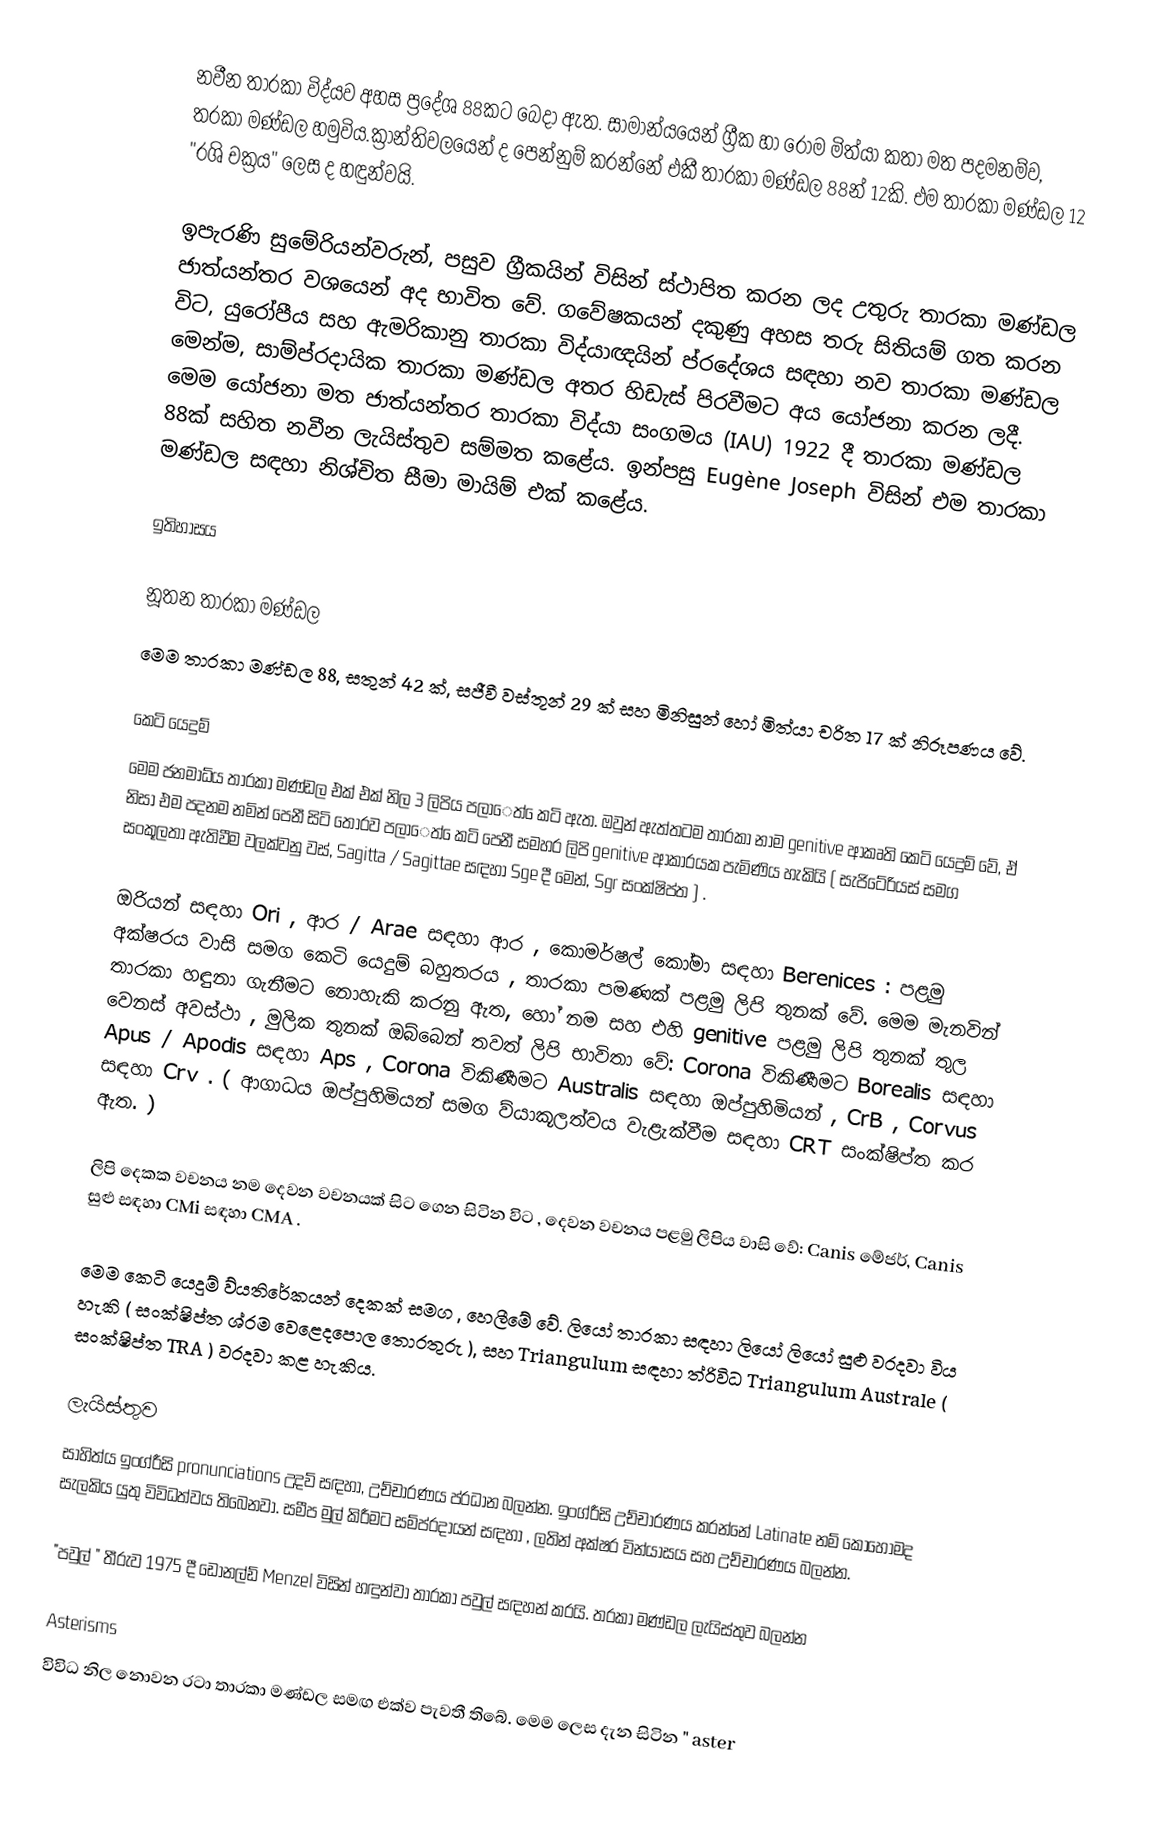
නවීන තාරකා විද්යව අහස ප්‍රදේශ 88කට බෙදා ඇත. සාමාන්යයෙන් ග්‍රීක හා රෝම මිත්යා කතා මත පදමනම්ව, තරකා මණ්ඩල හමුවිය.ක්‍රාන්තිවලයෙන් ද පෙන්නුම් කරන්නේ එකී තාරකා මණ්ඩල 88න් 12කි. එම තාරකා මණ්ඩල 12 "රශි චක්‍රය" ලෙස ද හඳුන්වයි. 

ඉපැරණි සුමේරියන්වරුන්, පසුව ග්‍රීකයින් විසින් ස්ථාපිත කරන ලද උතුරු තාරකා මණ්ඩල ජාත්යන්තර වශයෙන් අද භාවිත වේ. ගවේෂකයන් දකුණු අහස තරු සිතියම් ගත කරන විට, යුරෝපීය සහ ඇමරිකානු තාරකා විද්යාඥයින් ප්රදේශය සඳහා නව තාරකා මණ්ඩල මෙන්ම, සාම්ප්රදායික තාරකා මණ්ඩල අතර හිඩැස් පිරවීමට අය යෝජනා කරන ලදී. මෙම යෝජනා මත ජාත්යන්තර තාරකා විද්යා සංගමය (IAU) 1922 දී තාරකා මණ්ඩල 88ක් සහිත නවීන ලැයිස්තුව සම්මත කළේය. ඉන්පසු Eugène Joseph විසින් එම තාරකා මණ්ඩල සඳහා නිශ්චිත සීමා මායිම් එක් කළේය.

ඉතිහාසය

නූතන තාරකා මණ්ඩල
 මෙම තාරකා මණ්ඩල 88,  සතුන් 42 ක්, සජීවී වස්තූන් 29 ක් සහ මිනිසුන් හෝ මිත්යා චරිත 17 ක් නිරූපණය වේ.

කෙටි යෙදුම්
මෙම ජනමාධ්ය තාරකා මණ්ඩල එක් එක් නිල 3 ලිපිය පලාෙත් ෙකටි ඇත. ඔවුන් ඇත්තටම තාරකා නාම genitive ආකෘති කෙටි යෙදුම් වේ, ඒ නිසා එම පදනම නමින් පෙනී සිටි තොරව පලාෙත් ෙකටි පෙනී සමහර ලිපි genitive ආකාරයක පැමිණිය හැකියි ( සැජිටේරියස් සමග සංකූලතා ඇතිවීම වලක්වනු වස්, Sagitta / Sagittae සඳහා Sge දී මෙන්, Sgr සංක්ෂිප්ත ) .

ඔරියන් සඳහා Ori , ආර / Arae සඳහා ආර , කොමර්ෂල් කෝමා සඳහා Berenices : පළමු අක්ෂරය වාසි සමග කෙටි යෙදුම් බහුතරය , තාරකා පමණක් පළමු ලිපි තුනක් වේ. මෙම මැනවින් තාරකා හඳුනා ගැනීමට නොහැකි කරනු ඇත, හෝ නම සහ එහි genitive පළමු ලිපි තුනක් තුල වෙනස් අවස්ථා , මුලික තුනක් ඔබ්බෙන් තවත් ලිපි භාවිතා වේ: Corona විකිණීමට Borealis සඳහා Apus / Apodis සඳහා Aps , Corona විකිණීමට Australis සඳහා ඔප්පුහිමියන් , CrB , Corvus සඳහා Crv . ( ආගාධය ඔප්පුහිමියන් සමග ව්යාකූලත්වය වැළැක්වීම සඳහා CRT සංක්ෂිප්ත කර ඇත. )

 ලිපි දෙකක වචනය නම දෙවන වචනයක් සිට ගෙන සිටින විට , දෙවන වචනය පළමු ලිපිය වාසි වේ: Canis මේජර්, Canis සුළු සඳහා CMi සඳහා CMA .

මෙම කෙටි යෙදුම් ව්යතිරේකයන් දෙකක් සමග , හෙලීමේ වේ. ලියෝ තාරකා සඳහා ලියෝ ලියෝ සුළු වරදවා විය හැකි ( සංක්ෂිප්ත ශ්රම වෙළෙදපොල තොරතුරු ), සහ Triangulum සඳහා ත්රිවිධ Triangulum Australe ( සංක්ෂිප්ත TRA ) වරදවා කළ හැකිය.

ලැයිස්තුව
 සාහිත්ය ඉංග්රීසි pronunciations උදව් සඳහා, උච්චාරණය ප්රධාන බලන්න. ඉංග්රීසි උච්චාරණය කරන්නේ Latinate නම් කොහොමද සැලකිය යුතු විවිධත්වය තිබෙනවා. සමීප මුල් කිරීමට සම්ප්රදායන් සඳහා , ලතින් අක්ෂර වින්යාසය සහ උච්චාරණය බලන්න.

 "පවුල් " තීරුව 1975 දී ඩොනල්ඩ් Menzel විසින් හඳුන්වා තාරකා පවුල් සඳහන් කරයි. තරකා මණ්ඩල ලැයිස්තුව බලන්න

Asterisms
 විවිධ නිල නොවන රටා තාරකා මණ්ඩල සමඟ එක්ව පැවතී තිබේ. මෙම ලෙස දැන සිටින " aster